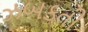
ઝબકતી